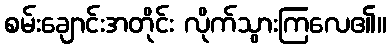
စမ်းချောင်းအတိုင်း လိုက်သွားကြလေ၏။